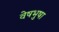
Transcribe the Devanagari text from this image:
वेषभुषा